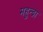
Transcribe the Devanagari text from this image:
महुन्द्रा